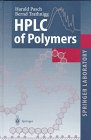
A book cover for HPLC of Polymers (Springer Laboratory); H. Pasch; Science & Math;